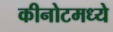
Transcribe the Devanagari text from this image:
कीनोटमध्ये